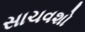
સાચવશો